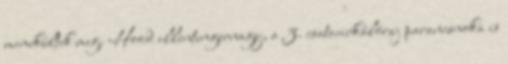
menekültek meg. Hood ellentengernagy, a 3. csatacirkálóraj parancsnoka is